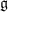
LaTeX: \mathfrak { g ^ { } }